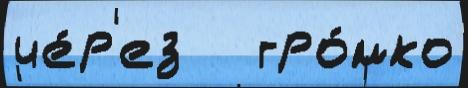
че́р'ез   гро́мко